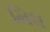
મિધ